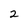
Character: 2